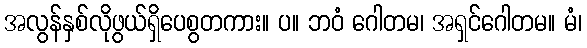
အလွန်နှစ်လိုဖွယ်ရှိပေစွတကား။ ပ။ ဘဝံ ဂေါတမ၊ အရှင်ဂေါတမ။ မံ၊